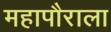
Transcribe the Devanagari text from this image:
महापौराला